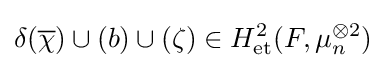
\delta ({\overline {\chi }})\cup (b)\cup (\zeta )\in H_{\text{et}}^{2}(F,\mu _{n}^{\otimes 2})